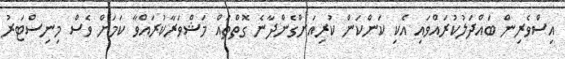
އިސްވެރިން ބައްދަލުކުރައްވައި އެކި ކަންކަން ކުރިއަށްގެންދާނެ ގޮތްތައް މަޝްވަރާކުރައްވާ ކަމަށް ވެސް މިނިސްޓަރު